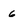
Character: 6